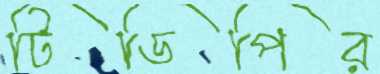
টিডিপির